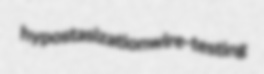
hypostasization wire-testing